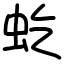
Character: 虼